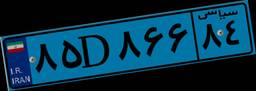
۹۱D۰۹۳۳۹